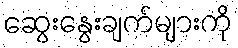
ဆွေးနွေးချက်များကို